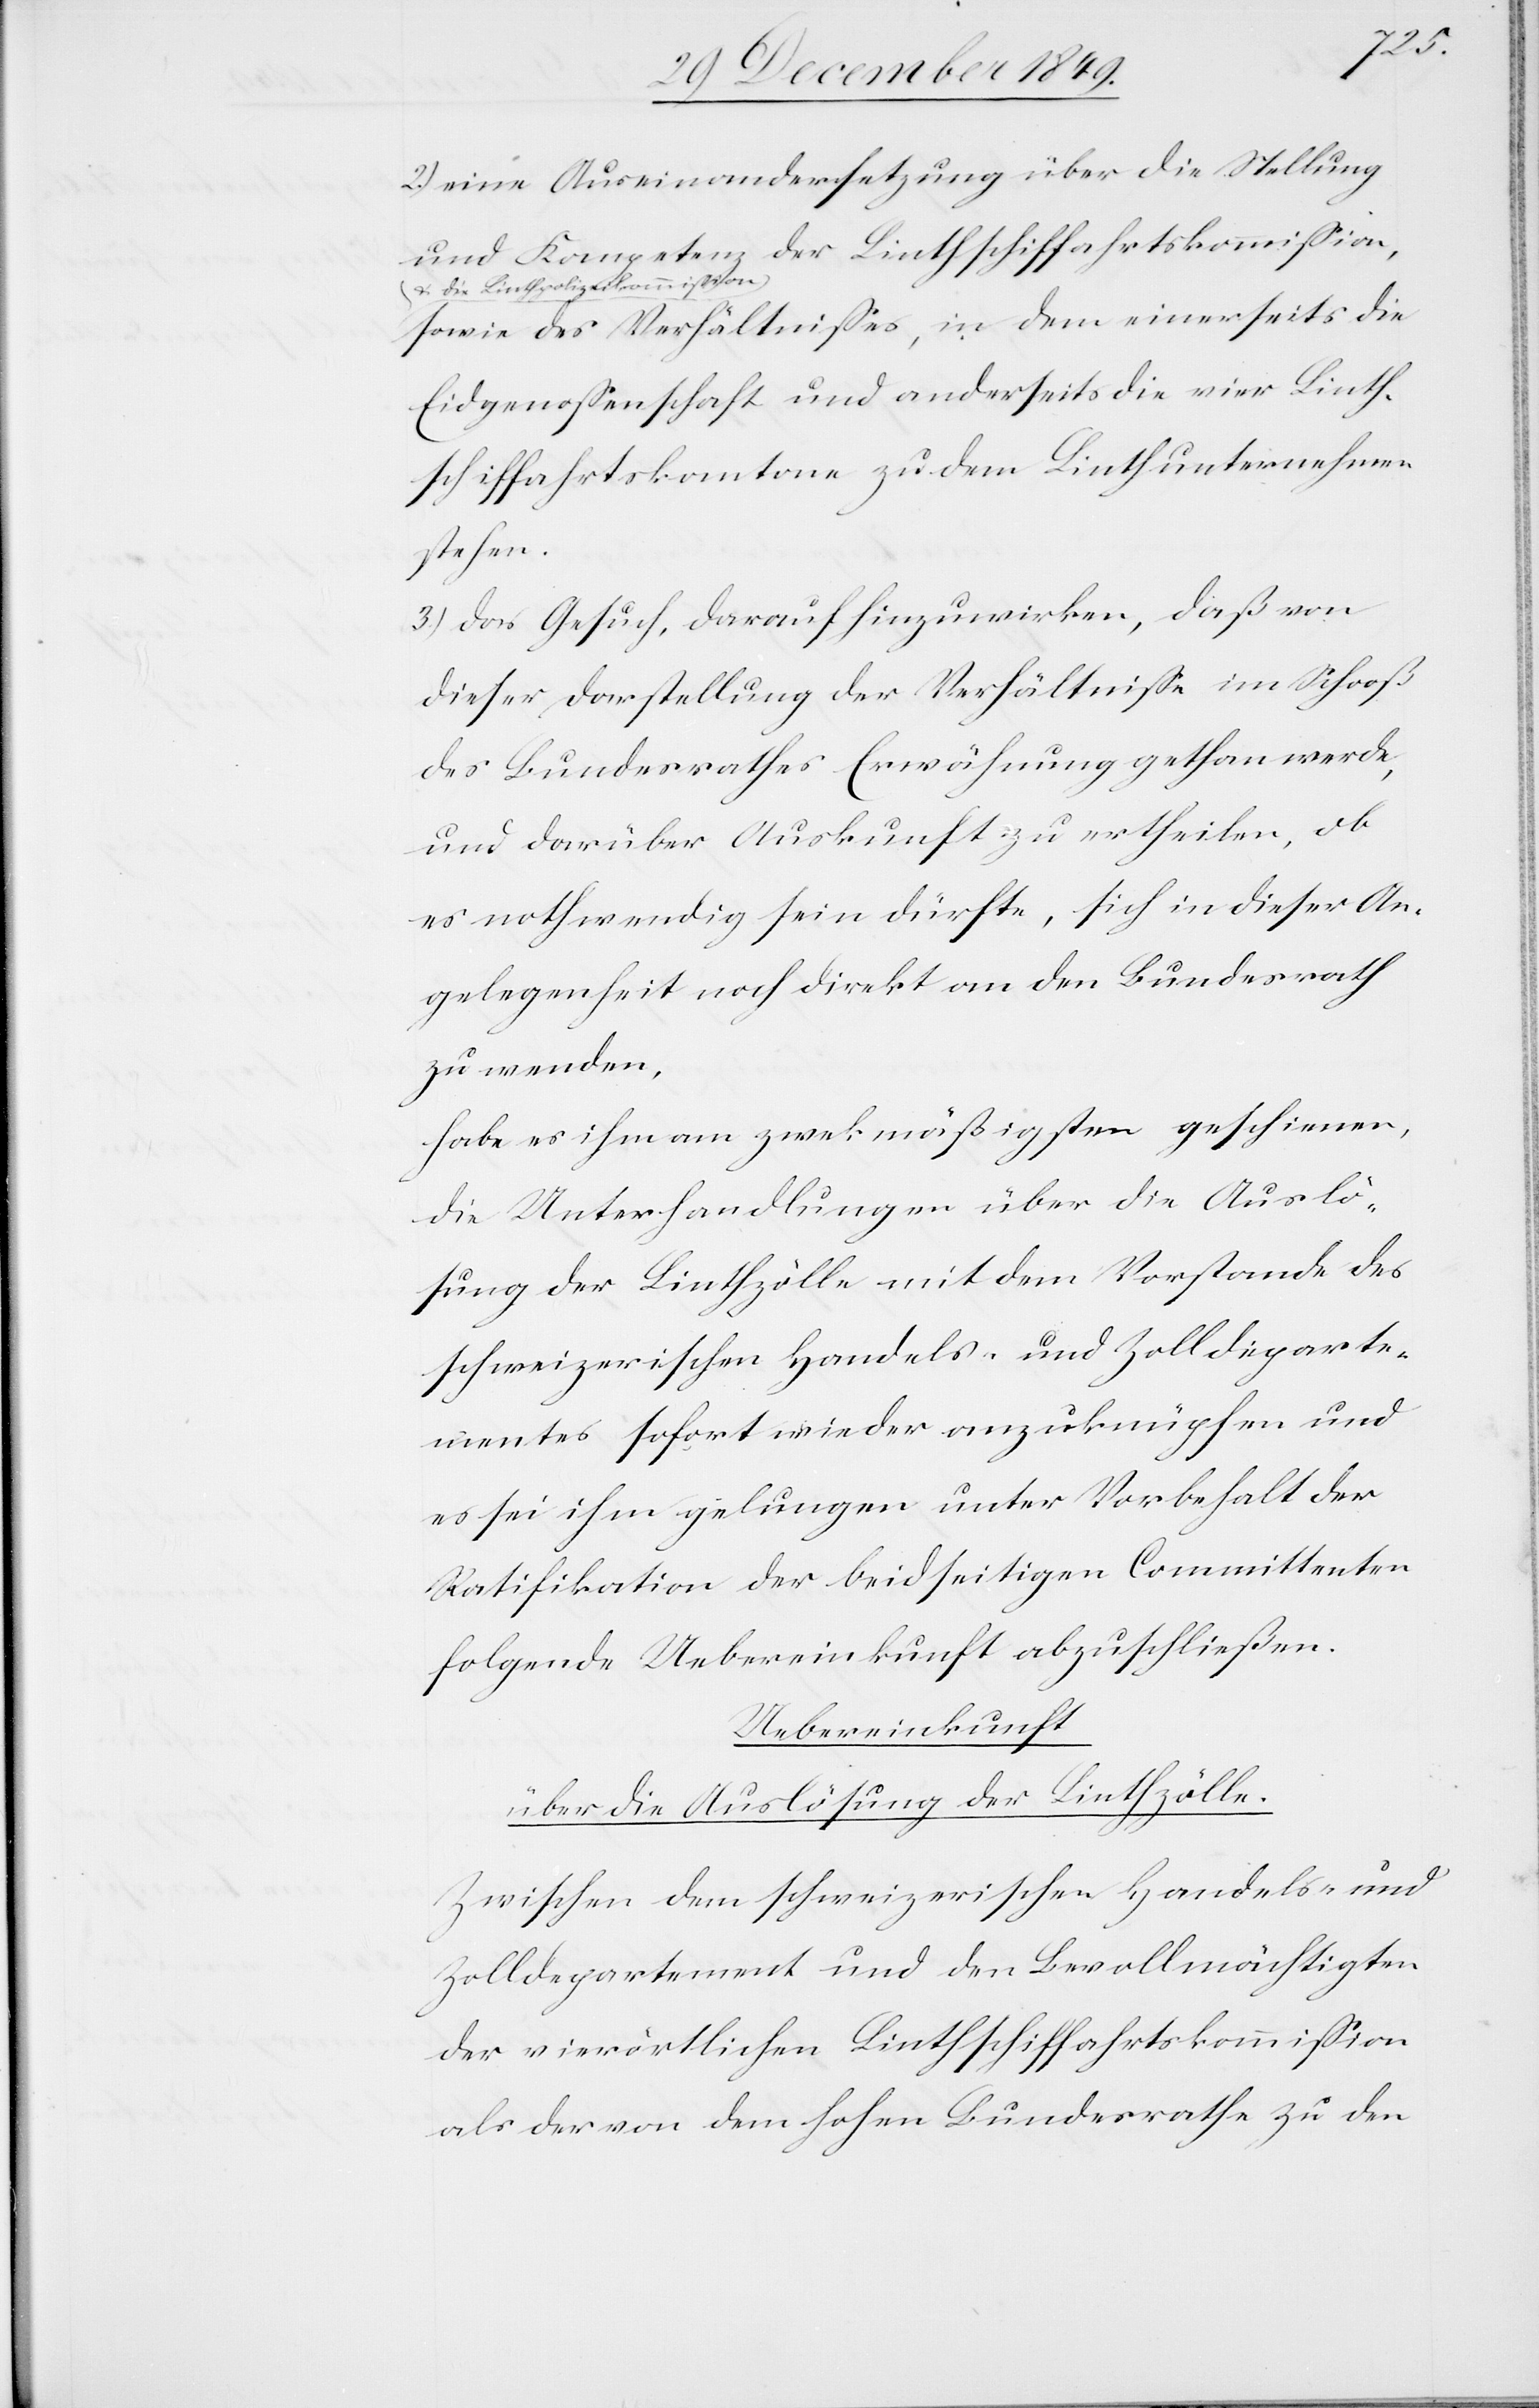
2.) eine Auseinandersetzung über die Stellung
und Kompetenz der Linthschiffahrtskommißion,
u. die Linthpolizeikommißion
sowie des Verhältnißes, in dem einerseits die
Eidgenossenschaft und anderseits die vier Linth¬
schiffahrtskantone zu dem Linthunternehmen
stehen.
3.) das Gesuch, darauf hinzuwirken, daß von
dieser Darstellung der Verhältniße im Schooß
des Bundesrathes Erwähnung gethan werde,
und darüber Auskunft zu ertheilen, ob
es nothwendig sein dürfte, sich in dieser An¬
gelegenheit noch direkt an den Bundesrath
zu wenden,
habe es ihm am zwekmäßigsten [sic!] geschienen,
die Unterhandlungen über die Auslö¬
sung der Linthzölle mit dem Vorstande des
schweizerischen Handels- und Zolldeparte¬
mentes sofort wieder anzuknüpfen und
es sei ihm gelungen unter Vorbehalt der
Ratifikation der beidseitigen Committenten
folgende Uebereinkunft abzuschließen.
Uebereinkunft
über die Auslösung der Linthzölle.
Zwischen dem schweizerischen Handels- und
Zolldepartement und den Bevollmächtigten
der vierörtlichen Linthschiffahrtskommißion
als der von dem hohen Bundesrathe zu den